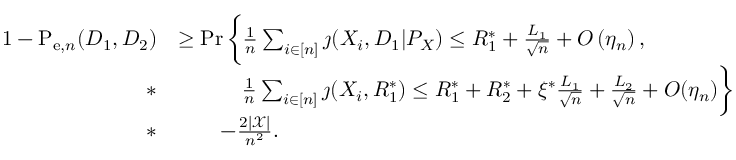
\begin{array} { r l } { 1 - \mathrm { P } _ { \mathrm { e } , n } ( D _ { 1 } , D _ { 2 } ) } & { \geq \operatorname* { P r } \bigg \{ \frac { 1 } { n } \sum _ { i \in [ n ] } \jmath ( X _ { i } , D _ { 1 } | P _ { X } ) \leq R _ { 1 } ^ { * } + \frac { L _ { 1 } } { \sqrt { n } } + O \left( \eta _ { n } \right) , } \\ { * } & { \qquad \quad \frac { 1 } { n } \sum _ { i \in [ n ] } \jmath ( X _ { i } , R _ { 1 } ^ { * } ) \leq R _ { 1 } ^ { * } + R _ { 2 } ^ { * } + \xi ^ { * } \frac { L _ { 1 } } { \sqrt { n } } + \frac { L _ { 2 } } { \sqrt { n } } + O ( \eta _ { n } ) \bigg \} } \\ { * } & { \qquad - \frac { 2 | \mathcal { X } | } { n ^ { 2 } } . } \end{array}